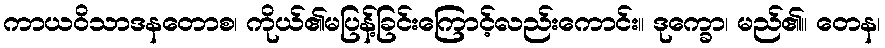
ကာယဝိသာဒနတောစ၊ ကိုယ်၏မပြန့်ခြင်းကြောင့်လည်းကောင်း။ ဒုက္ခော၊ မည်၏။ တေန၊